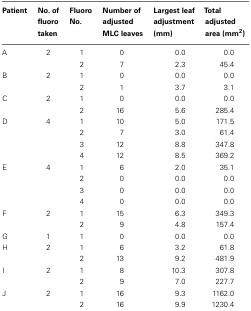
| Patient | No. of fluoro taken | Fluoro No. | Number of adjusted MLC leaves | Largest leaf adjustment (mm) | Total adjusted area (mm2) |
 | --- | --- | --- | --- | --- | --- |
 | A | 2 | 1 | 0 | 0.0 | 0.0 |
 |  |  | 2 | 7 | 2.3 | 45.4 |
 | B | 2 | 1 | 0 | 0.0 | 0.0 |
 |  |  | 2 | 1 | 3.7 | 3.1 |
 | C | 2 | 1 | 0 | 0.0 | 0.0 |
 |  |  | 2 | 16 | 5.6 | 285.4 |
 | D | 4 | 1 | 10 | 5.0 | 171.5 |
 |  |  | 2 | 7 | 3.0 | 61.4 |
 |  |  | 3 | 12 | 8.8 | 347.8 |
 |  |  | 4 | 12 | 8.5 | 369.2 |
 | E | 4 | 1 | 6 | 2.0 | 35.1 |
 |  |  | 2 | 0 | 0.0 | 0.0 |
 |  |  | 3 | 0 | 0.0 | 0.0 |
 |  |  | 4 | 0 | 0.0 | 0.0 |
 | F | 2 | 1 | 15 | 6.3 | 349.3 |
 |  |  | 2 | 9 | 4.8 | 157.4 |
 | G | 1 | 1 | 0 | 0.0 | 0.0 |
 | H | 2 | 1 | 6 | 3.2 | 61.8 |
 |  |  | 2 | 13 | 9.2 | 481.9 |
 | I | 2 | 1 | 8 | 10.3 | 307.8 |
 |  |  | 2 | 9 | 7.0 | 227.7 |
 | J | 2 | 1 | 16 | 9.3 | 1162.0 |
 |  |  | 2 | 16 | 9.9 | 1230.4 |